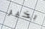
بخير